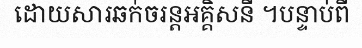
ដោយសារឆក់ចរន្តអគ្គិសនី ។បន្ទាប់ពី